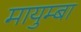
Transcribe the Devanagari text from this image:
मायुम्बा